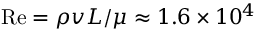
\mathrm { R e } = \rho v L / \mu \approx 1 . 6 \times 1 0 ^ { 4 }